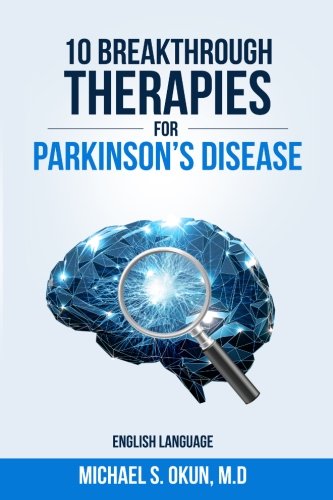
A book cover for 10 Breakthrough Therapies for Parkinson's Disease: English Edition; Michael S Okun MD; Health, Fitness & Dieting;